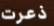
ذعرت